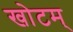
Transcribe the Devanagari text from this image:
खोटम्